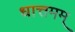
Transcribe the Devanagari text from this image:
धात्तमम्‌